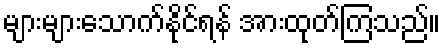
များများသောက်နိုင်ရန် အားထုတ်ကြသည်။